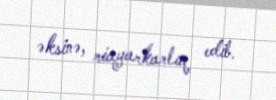
əksinə, riayarkarlıq edib.